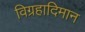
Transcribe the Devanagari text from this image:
विग्रहादिमान